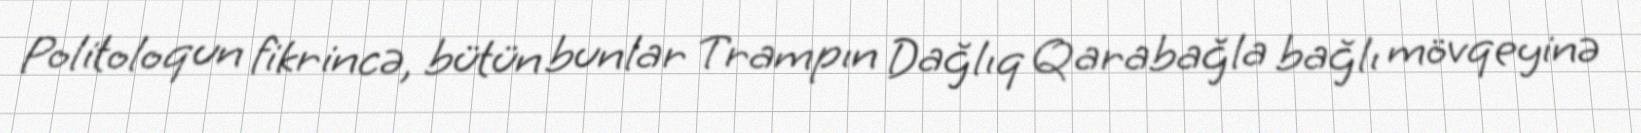
Politoloqun fikrincə, bütün bunlar Trampın Dağlıq Qarabağla bağlı mövqeyinə